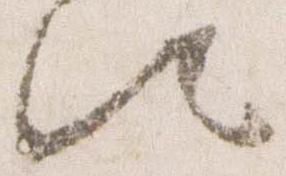
歟